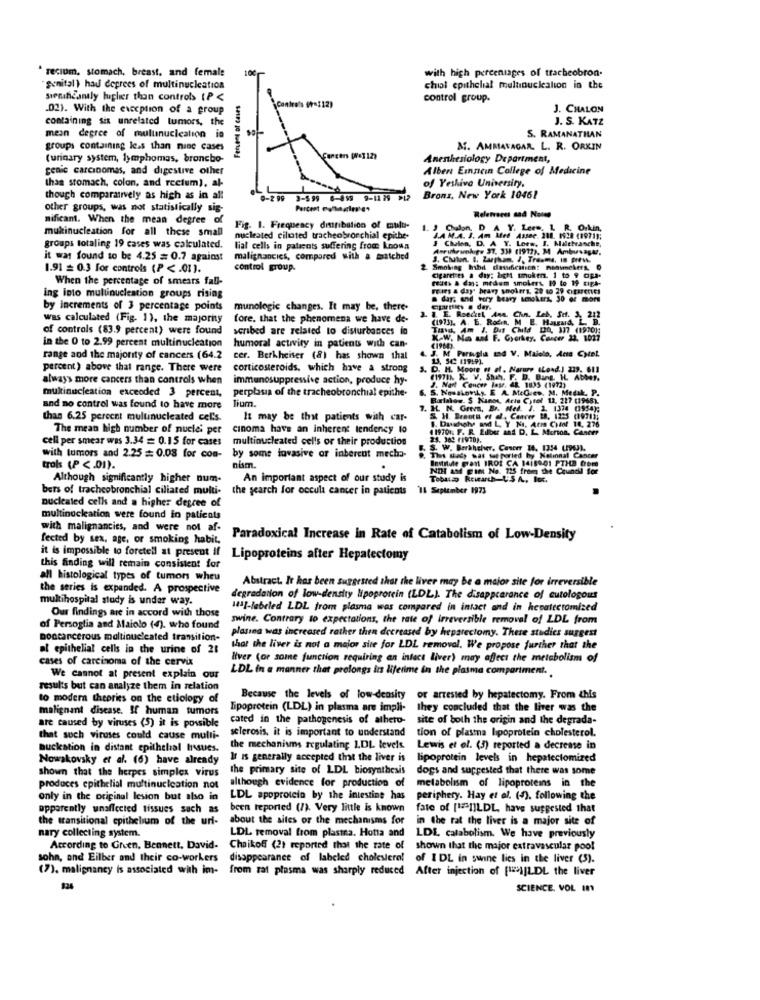
recium, stomach, breast. and female
100
with high percentages of tracheobron
"genital) had degrees of multinucleation
chial epithelial multinucleation in the
siematicantly fugler than controls (P <
Fervent of cases
control group.
.02). With the exception of a group
J. CHALON
containing six unrelated tumors, the
J. S. KATZ
mean degree of mulunucicalion in
S. RAMANATHAN
groups containing less than nine cases
M. AMMAVAGAR. L. R. ORKIN
(urinary system, lymphomas, broncho-
Anesthesiology Department,
genic carcinomas, and digestive other
Albert Einnein College of Medicine
than stomach, colon, and rectum), al-
of Yeshiva University,
though comparatively as high as in all
0-299 3-599 6-499 9-11 79 912
Brons, New York 10461
other groups, was not statistically sig-
Percent vyhlagin'e+
Reletvarus and Notes
mificant. When the mean degree of
mukinucleation for all these small
Fig. 1. Frequency distribution of mulu-
1. 3 Chalon, D A Y. Lees. L R. O.kin,
nucleated ciltated tracheobronchial epithe-
J.A M.A. I. Am Med Assoc. 218. 1528 (1971);
$ Chalen, D. A Y. Lors. I. Malebranche,
groups totaling 19 cases was calculated.
lial cells in patients suffering from known
Awruheunkg. 37. 339 (1912), M Ambuvagar,
it was found to be 4.25 = 0.7 against
malignancies, compared with a matched
J. Chuten. B. Zapham, J, Treams, In RIVA
1.91 = 0.3 for controls (P < . 01).
control group.
Smoking hbd dassification! manimckers,
When the percentage of smears fall-
ruth & das: medem smokers 19 to 19 cig4-
cigaret es a day; high smokers. 1 to 9 apa-
Pues a day" pravy smokers, 20 10 29 creareries
ing into multinucleation groups rising
a day, and very beary smokers, 30 or more
by increments of 3 percentage points
munologie changes. It may be, there-
Eparties . day.
was calculated (Fig. 1), the majority
fore. that the phenomena we have de-
3. 1. E. Roedel Am. Chn. Leb. Se. 3. 212
(1973]. A. E. Rodin, M E. Hazard, L B.
of controls (83.9 percent) were found
scribed are related to disturbances in
THIS. Am J. Das Child DO, 317 (1970):
in the 0 to 2.99 percent multinucleation
K-W. No and F. Gyorkey. Cancer 22, 1027
humoral activity in patients with can-
range and the majority of cancers (64.2
cer. Berkheiser (8) has shown that
J. M Permugla ad V. Maiolo, Acta Cytel.
13, 542 (19:9).
percent) above that range. There were
corticosteroids, which have a strong
J. D. H. Moore of of . Narury (Load.) 239. 611
always more cancers than controls when
immunosuppressive action, produce hy-
(I. E. V. Shh. F. D. Bang, IL ADMr.
perplasia of the tracheobronchial epithe.
6. S. Nowakovsky, E A. McGies. M. Medak, P.
2. Nart Concor Base. &R. 1835 (1972)
multinucleation exceeded 3 percent,
Jium.
Bulales. S Kanos, Arte Chtel 12, 227 (1968).
and no control was found to have more
7. H. M. Grem, Br. Med. J. 2. 1374 (1954);
than 6.25 percent multinucleated cel's.
It may be that patients with car-
S. H. Brants et dl, Canere 19, 1225 (1971);
1. Duscholy and L, Y Na, Arm CHdal 14, 276
The mean high number of nuclei per
cinoma have an inherent tendency to
( 19701. F. R. Liber and D. L. Morton, Cancer
cell per smear was 3.34 = 0.15 for cases multinucleated cells or their production
25. 363 (1970).
S. W. Berkheher, Cancer 14, 1354 (196J).
with tumors and 2.25 = 0.08 for com-
by some invasive or inberent mecha-
This shady was tut porled by Nelinnal Cancer
Initiale Grant IROE CA 1418901 PTHE Com
trols (P <. 01).
nism.
NOI ast gim No. 115 from the Council for
Although significantly higher num-
An important aspect of our study is
Tobus Research-L'S A, Bec.
bers of tracheobronchial ciliated multi-
the search for occula cancer in patients
11 September 1973
nucleated celk and a higher degree of
multinucleation were found to patients
with malignancies, and were not af-
fected by sex, age, or smoking habit,
Paradoxical Increase In Rate of Catabolismof Low-Density
it is impossible to foretell at present if Lipoproteins after Hepatectomy
this finding will remain consistent for
all histological types of tumons wheu
Abstract. It has been suggested that the liver may be a maior site for irreversible
the series is expanded. A prospective
multihospital study is under way.
degradation of low-density lipoprotein (LDL). The disappearance of cutologous
Hil-labeled LDL from plasma was compared in intact and in hepatectomized
Our findings are in accord with those
swine. Contrary to expectations, the rate of irreversible removal of LDL from
of Persoglia and Maiolo (4). who found
platina was increased rather then decreased by hepatectomy. There studies suggest
Doccancerous maltinucleated transition-
al epithelial cells in the urine of 21
that the liver is not a maior site for LDL removal. We propose further that the
cases of carcinoma of the cervix
liver (or some function requiring an intact liver) may affect the metabolism of
LDL in a manner that prolongs ins lifetime in the plasma compartment.
We cannot at present explain our
results but can analyze them in relation
to modern theories on the etiology of
Because the levels of low-density
or arrested by hepatectomy. From this
malignant disease. If human tumors
Lipoprotein (LDL) in plasma are impli-
they concluded that the liver was the
are caused by viruses (5) it is possible
cated in the pathogenesis of atheto- site of both the origin and the degrada-
sclerosis, it is important to understand
tion of plastna lipoprotein cholesterol.
that such viruses could cause multi-
Buckation in distant epithelial hasues.
the mechanisms regulating 1.DL levels. Lewis et al. (3) reported a decrease in
Nowakovsky et al. (6) have already
It is generally accepted that the liver is
lipoprotein levels in hepatectomired
shown that the herpes simplex virus
the primary site of LDL biosynthesis
dogs and suppested that there was some
although evidence for production of
produces epithelial multinucleation not
metabolism of lipoproteins in the
only in the original lesion but also in
LDL spoprotein by the intestine has
periphery. Hay et al. (4). following the
apparently unaffected tissues such as
been reported (1). Very little is known
fate of [1FIILDL, have suggested that
the transitional epithelium of the url-
about the sites or the mechanisms for
in the rat the liver is a major site of
nary collecting system.
LDL removal from plastna. Hotta and
LDL catabolism. We have previously
According to Green, Bennett, David-
Choikoff (2) reported that the rate of
shown that the major extravascular pool
sohn, and Eilber and their co-workers
disappearance of labeled cholesterol of I DL in swine lies in the liver (5).
(7). malignancy is associated with im- from zat plasma was sharply reduced After injection of [1]|LDL the liver
SCIENCE. VOL IN